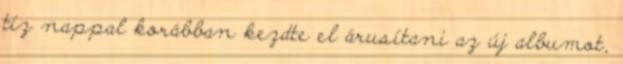
tíz nappal korábban kezdte el árusítani az új albumot,